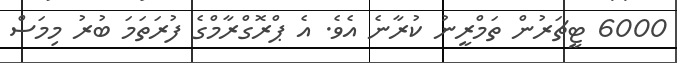
6000 ޓީޗަރުން ތަމްރީނު ކުރާނެ އެވެ. އެ ޕްރޮގްރާމްގެ ފުރަތަމަ ބުރު މިމަސް